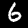
Label: 6